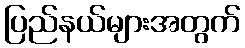
ပြည်နယ်များအတွက်